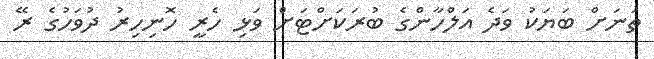
ތަނަށް ބަޔަކު ވަދެ އަލްހާންގެ ބުރަކަށްޓަށް ވަޅި ހެރީ ހޮނިހިރު ދުވަހުގެ ރޭ